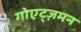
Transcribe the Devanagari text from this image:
गोएट्ज़मन